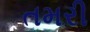
તમરી